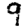
Digit: 9